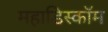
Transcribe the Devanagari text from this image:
महाडिस्कॉम